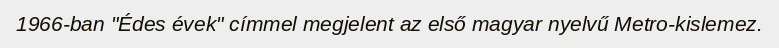
1966-ban "Édes évek" címmel megjelent az első magyar nyelvű Metro-kislemez.